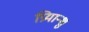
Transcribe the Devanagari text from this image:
प्रियान्शु